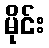
မိုင်း